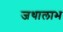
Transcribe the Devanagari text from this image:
जथालाभ